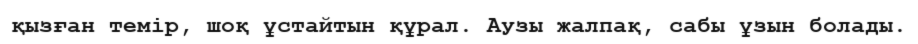
қызған темір, шоқ ұстайтын құрал. Аузы жалпақ, сабы ұзын болады.